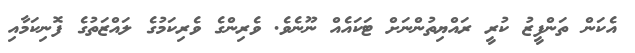
އެކަން ތަންފީޒު ކުރީ ރައްޔިތުންނަށް ޓަކައެއް ނޫނެވެ. ވެރިންގެ ވެރިކަމުގެ ލައްޒަތުގެ ފޮނިކަމާއި